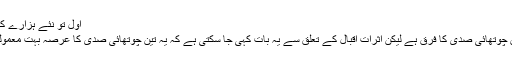
اول تو نئے ہزارے كا چلینج اور دوسرا فكرِاقبال كی معنویت
اقبال اور ہمارے عہد میں كم و بیش تین چوتھائی صدی كا فرق ہے لیكن اثراتِ اقبال كے تعلق سے یہ بات كہی جا سكتی ہے كہ یہ تین چوتھائی صدی كا عرصہ بہت معمولی اور سامنے كی بات معلوم ہوتی ہے۔